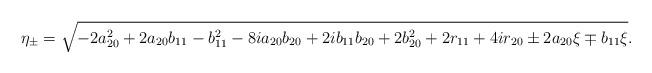
LaTeX: \begin{align*}\eta_{\pm}= \sqrt{-2 a_{20}^2 + 2 a_{20} b_{11} - b_{11}^2 - 8 i a_{20} b_{20} + 2 i b_{11} b_{20} + 2 b_{20}^2 + 2 r_{11} + 4 i r_{20} \pm 2 a_{20} \xi \mp b_{11} \xi }.\end{align*}